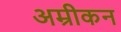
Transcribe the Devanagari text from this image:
अम्रीकन